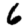
Digit: 6